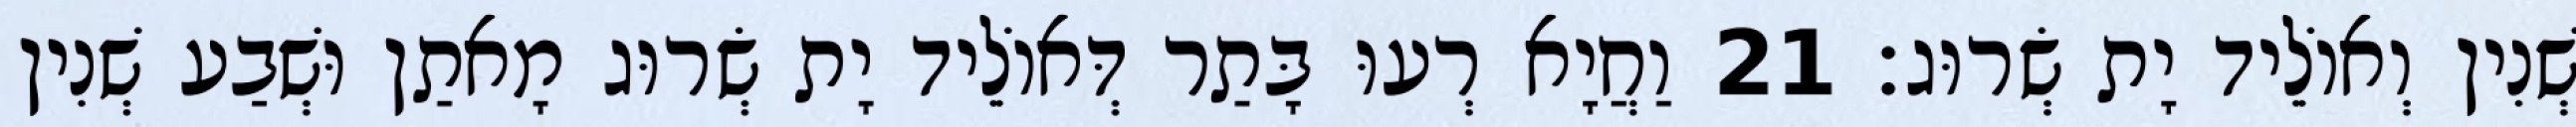
שְׁנִין וְאוֹלֵיד יָת שְׂרוּג׃ 21 וַחֲיָא רְעוּ בָּתַר דְּאוֹלֵיד יָת שְׂרוּג מָאתַן וּשְׁבַע שְׁנִין